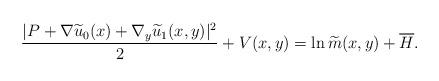
LaTeX: \begin{align*}\frac{ |P+\nabla \widetilde{u}_0 (x )+\nabla_y \widetilde{u}_1 (x,y ) |^2}{2}+V (x,y )=\ln \widetilde{m} (x,y )+\overline{H}.\end{align*}